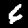
Label: 6